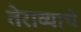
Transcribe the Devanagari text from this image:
तेराव्याचे